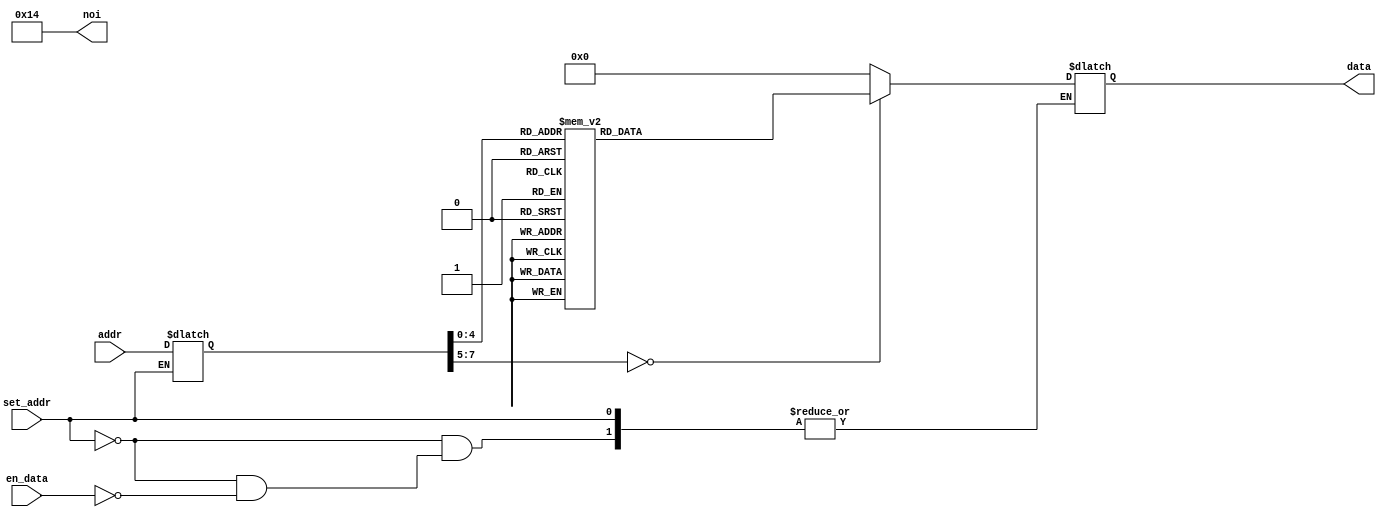
`timescale 1ns / 1ps
module fibonacci_rom(
    input [7:0] addr,
    input set_addr,
    input en_data,
    output reg [7:0] noi = 8'd20,
    output reg [7:0] data = 8'b0
);

    reg [7:0] addr_reg = 8'b0;

    always @(*) begin
        if(set_addr)
            addr_reg <= addr;
        else if(en_data)
            case(addr_reg)
                8'd0: data = 8'b00100000;
                8'd1: data = 8'b00000000;
                8'd2: data = 8'b00100001;
                8'd3: data = 8'b00000001;
                8'd4: data = 8'b00100010;
                8'd5: data = 8'b11111111;
                8'd6: data = 8'b00100011;
                8'd7: data = 8'b00000110;
                8'd8: data = 8'b10000100;
                8'd9: data = 8'b01111000;
                8'd10: data = 8'b10000001;
                8'd11: data = 8'b01111001;
                8'd12: data = 8'b10001011;
                8'd13: data = 8'b01010001;
                8'd14: data = 8'b00010001;
                8'd15: data = 8'b01000000;
                8'd16: data = 8'b00001000;
                8'd17: data = 8'b01000000;
                8'd18: data = 8'b00010001;
                8'd19: data = 8'b00000000;
                default: data = 8'b0;
            endcase
    end

endmodule